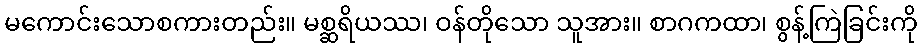
မကောင်းသောစကားတည်း။ မစ္ဆရိယဿ၊ ဝန်တိုသော သူအား။ စာဂကထာ၊ စွန့်ကြဲခြင်းကို